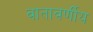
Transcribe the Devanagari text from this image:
वातावर्णीय